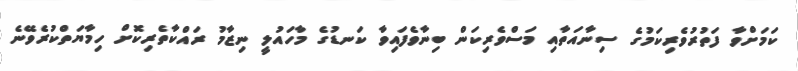
ކަމަށްވާ ފަތުުރުވެރިކަމުގެ ސިނާއަތާއި މަސްވެރިކަން ބިނާވެފައިވާ ކަނޑުގެ މާހައުލީ ނިޒާމު ރައްކާތެރިކޮށް ހިމާޔަތްކުރެވޭނެ